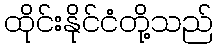
ထိုင်းနိုင်ငံတို့သည်